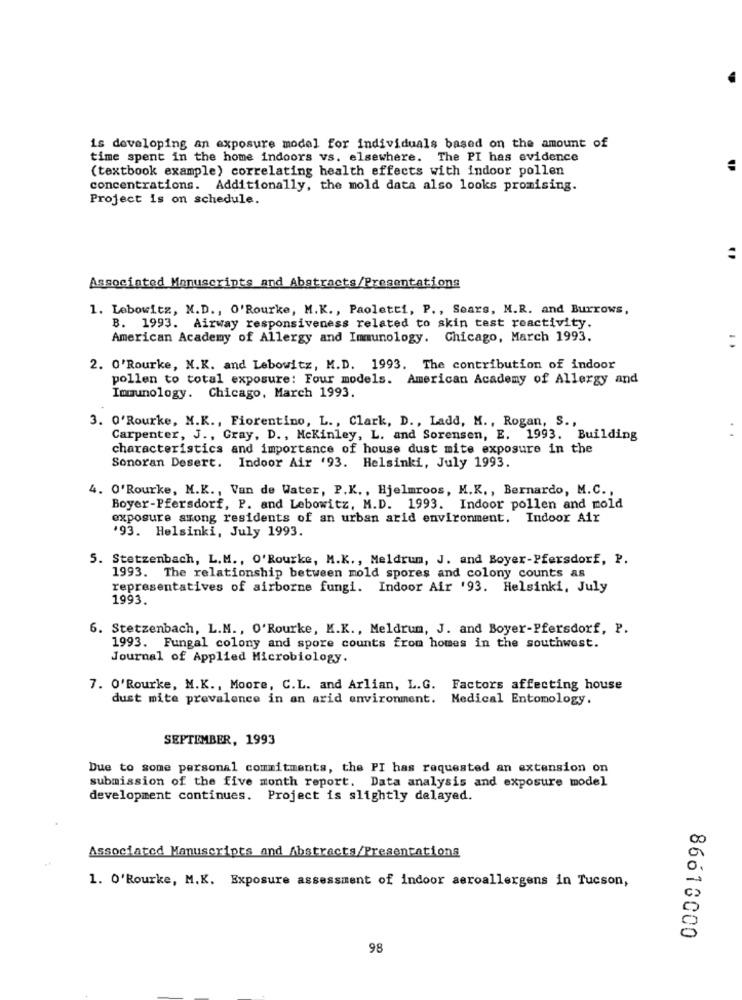
is developing an exposure model for individuals based on the amount of
time spent in the home indoors vs. elsewhere. The PI has evidence
(textbook example) correlating health effects with indoor pollen
concentrations. Additionally, the mold data also looks promising.
Project is on schedule.
Associated Manuscripts and Abstracts/Presentations
1. Lebowitz, N.D ., O'Rourke, M.K ., Paoletti, P ., Sears, M.R. and Burrows,
B. 1993. Airway responsiveness related to skin test reactivity.
American Academy of Allergy and Immunology. Chicago, March 1993.
..
2. O'Rourke, N.K. and Lebowitz, M.D. 1993. The contribution of indoor
pollen to total exposure: Four models. American Academy of Allergy and
Immunology. Chicago, March 1993.
3. O'Rourke, N.K ., Fiorentino, L ., Clark, D ., Ladd, M ., Rogan, S .,
Carpenter, J ., Gray, D ., Mckinley, L. and Sorensen, E. 1993. Building
characteristics and importance of house dust mite exposure in the
Sonoran Desert. Indoor Air '93. Helsinki, July 1993.
4. O'Rourke, M.K ., Van de Water, P.K. , Hjelmroos, M.K ., Bernardo, M.C .,
Boyer-Pfersdorf, P. and Lebowitz, M.D. 1993. Indoor pollen and mold
exposure among residents of an urban arid environment. Indoor Air
'93. Helsinki, July 1993.
5. Stetzenbach, L.M ., O'Rourke, M.K ., Meldrum, J. and Boyer-Pfersdorf, P.
1993. The relationship between mold spores and colony counts as
representatives of airborne fungi. Indoor Air '93. Helsinki, July
1993
6. Stetzenbach, L.M ., O'Rourke, K.K ., Meldrum, J. and Boyer-Pfersdorf, P.
1993. Fungal colony and spore counts from homes in the southwest.
Journal of Applied Microbiology.
7. O'Rourke, M.K ., Moore, C.L. and Arlian, L.G. Factors affecting house
dust mite prevalence in an arid environment. Medical Entomology.
SEPTEMBER, 1993
Due to some personal commitments, the PI has requested an extension on
submission of the five month report. Data analysis and exposure model
development continues. Project is slightly delayed.
Associated Manuscripts and Abstracts/Presentations
1. O'Rourke, M.K. Exposure assessment of indoor aeroallergens in Tucson,
86613000
98